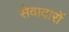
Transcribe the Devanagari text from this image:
सेवादारों